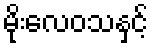
မိုးလေဝသနှင့်